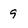
Character: 9